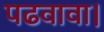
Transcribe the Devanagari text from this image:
पढवावा।